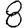
Digit: 8